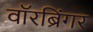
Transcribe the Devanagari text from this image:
वॉरब्रिंगर